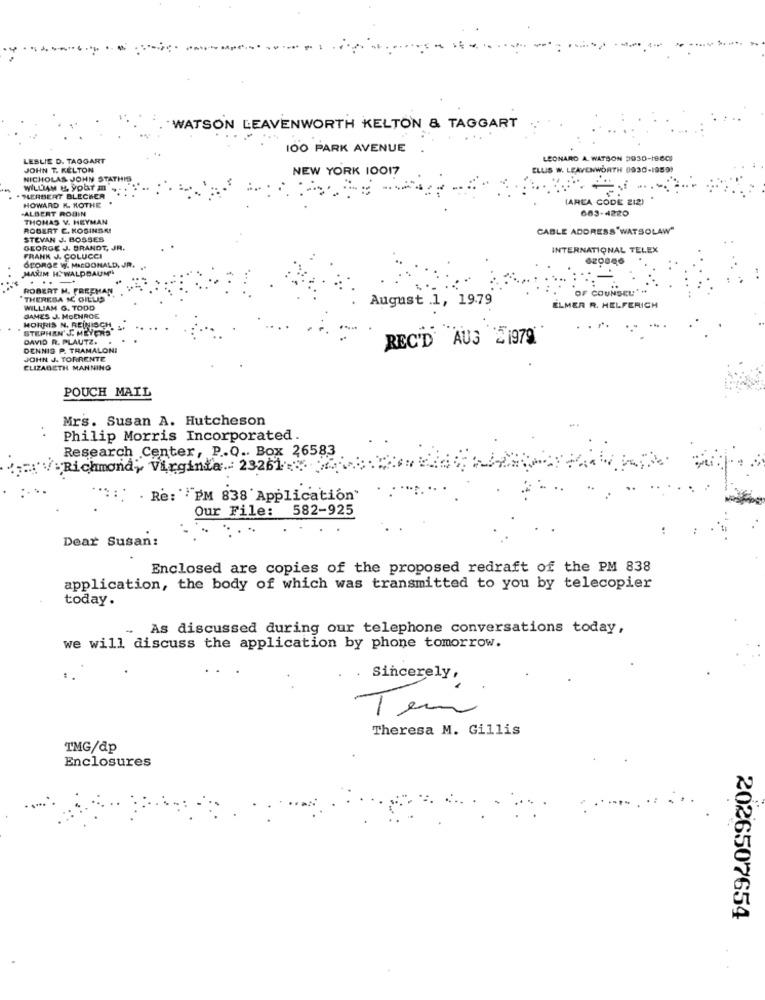
WATSON LEAVENWORTH KELTON & TAGGART
100 PARK AVENUE
LESLIE D. TAOGART
LEONARD A. WATSON 2930-1860;
JOHN T. KELTON
NEW YORK 10017
ELLIS W. LEAVENWORTH 0930-1959)
NICHOLAS JOHN STATHIS
HERBERT BLECHER
HOWARD K. KOTHE .
AREA CODE 212)
.ALBERT ROBIN
683-4220
THOMAS V. HEYMAN
ROBERT C. KOSINSKI
CABLE ADDRESS 'WATSOLAW"
STEVAN J. BOSSES
GEORGE J. BRANDT, JR.
INTERNATIONAL TELEX
FRANK J. COLUCCI
MAXIM H. WALDBAUM
SPORGE Wy. MACDONALD, JR.
ROBERT M. FREEMAN
THERESA IC. GILLIS
WILLIAM G. TODD
August .1, 19.79
ELMER R. HELFERICH
JAMES J. MOENROE
MORRIS N. REINISCH S.
STEPHAN' J. MEYERS
. . ^.
DAVID R. PLAUTZ.
REC'D AU3 21979
DENNIS P. TRAMALONI
JOHN J. TORRENTE
ELIZABETH MANNING
POUCH MAIL
Mrs. Susan A. Hutcheson
Philip Morris Incorporated.
Research Center, P.Q .. Box 26583
"Richmond, Virginia .: 23261.
Re: """PM 838'Application"
Our File: 582-925
Dear Susan:
Enclosed are copies of the proposed redraft of the PM 838
application, the body of which was transmitted to you by telecopier
today.
.. As discussed during our telephone conversations today,
we will discuss the application by phone tomorrow.
Sincerely,
Tem
Theresa M. Gillis
TMG/dp
Enclosures
2026507654